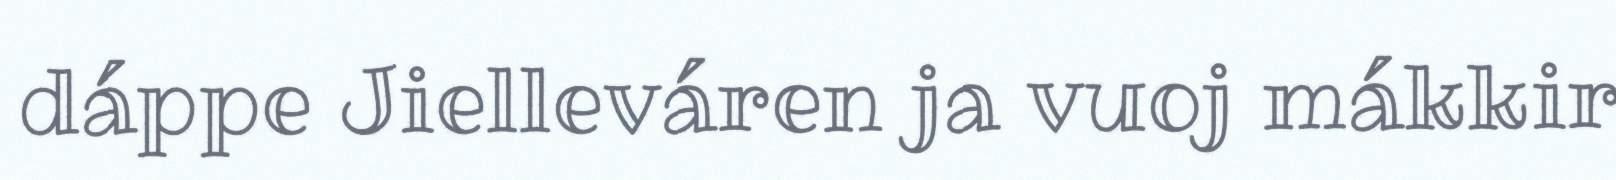
dáppe Jielleváren ja vuoj mákkir